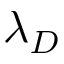
\lambda _ { D }